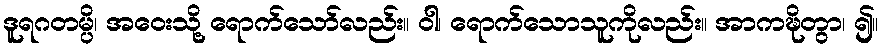
ဒူရဂတမ္ပိ၊ အဝေးသို့ ရောက်သော်လည်း။ ဝါ၊ ရောက်သောသူကိုလည်း။ အာကဍ္ဎိတွာ၊ ၍။